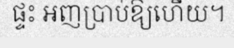
ផ្ទះ អញប្រាប់ឱ្យហើយ។